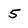
Character: 5